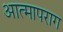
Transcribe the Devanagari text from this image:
आत्मापराग